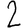
Digit: 2